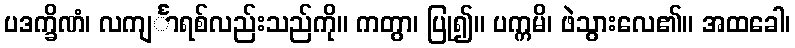
ပဒက္ခိဏံ၊ လကျင်္ာရစ်လည်းသည်ကို။ ကတွာ၊ ပြု၍။ ပက္ကမိ၊ ဖဲသွားလေ၏။ အထခေါ၊